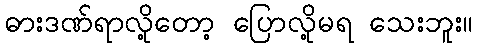
ဓားဒဏ်ရာလို့တော့ ပြောလို့မရ သေးဘူး။